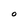
Character: O